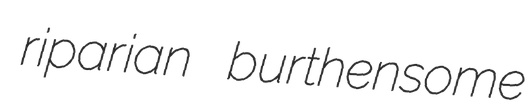
riparian burthensome